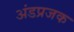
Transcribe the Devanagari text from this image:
अंडप्रजक